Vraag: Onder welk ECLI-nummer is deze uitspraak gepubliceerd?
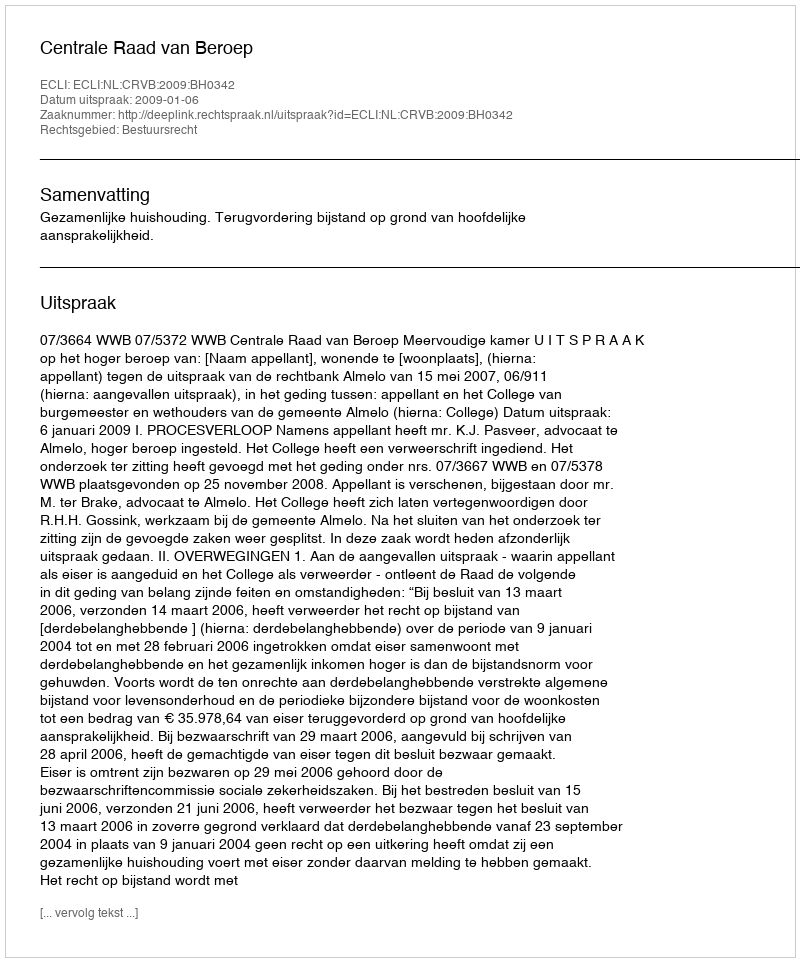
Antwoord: ECLI:NL:CRVB:2009:BH0342